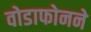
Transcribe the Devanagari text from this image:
वोडाफोनने